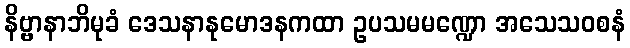
နိဗ္ဗာနာဘိမုခံ ဒေသနာနုမောဒနကထာ ဥပသမမဏ္ဍော အသေသဝစနံ